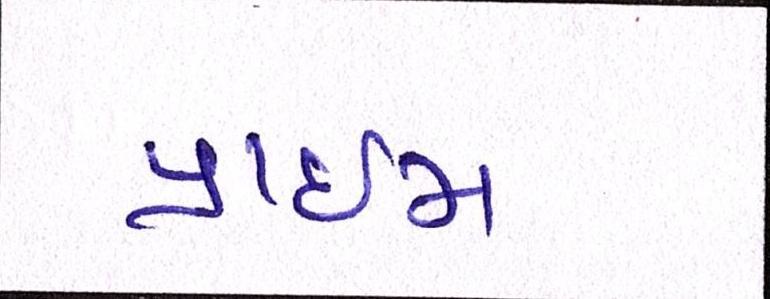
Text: પ્રાઇમ